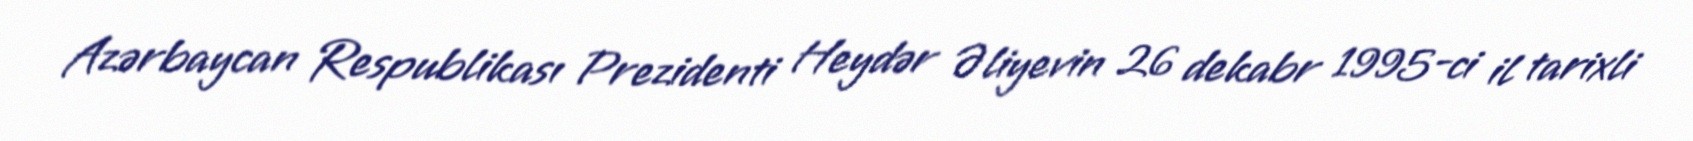
Azərbaycan Respublikası Prezidenti Heydər Əliyevin 26 dekabr 1995-ci il tarixli